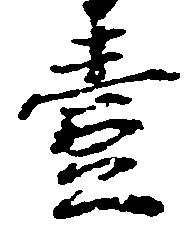
壹